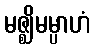
မဇ္ဈိမမ္ပာဟံ